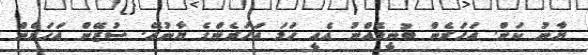
ޔާނު ކަން. އަހަރެން ބުނީމެއްނު އެއީ ހަމަ އަހަރެންގެ ޔާނުއޭ. ސުޒޭން އަހަރެން